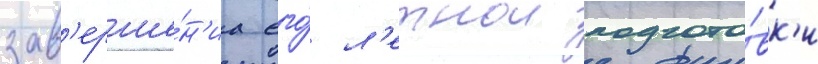
зав'ерше́н'иа его́ л'етнои подгото́вк'и